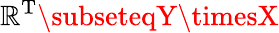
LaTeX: \mathbb{R}^{\mathrm{{T}}}\subseteqY\timesX